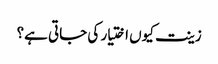
زینت کیوں اختیار کی جاتی ہے؟